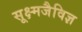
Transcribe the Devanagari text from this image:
सूक्ष्मजैविज्ञ